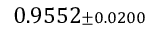
0 . 9 5 5 2 { \scriptstyle \pm 0 . 0 2 0 0 }